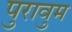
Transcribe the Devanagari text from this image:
पुरावुम